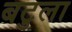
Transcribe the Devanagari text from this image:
बटुला